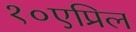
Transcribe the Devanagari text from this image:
१०एप्रिल